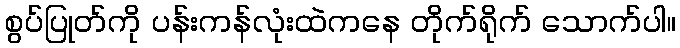
စွပ်ပြုတ်ကို ပန်းကန်လုံးထဲကနေ တိုက်ရိုက် သောက်ပါ။